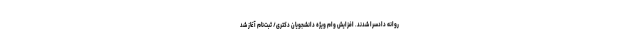
روانه دادسرا شدند. افزایش وام ویژه دانشجویان دکتری/ ثبت‌نام آغاز شد